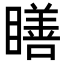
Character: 𥊳